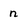
Character: n